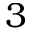
3